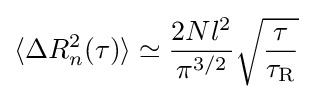
\langle \Delta R_{n}^{2}(\tau )\rangle \simeq {\frac {2Nl^{2}}{\pi ^{3/2}}}{\sqrt {\frac {\tau }{\tau _{\text{R}}}}}